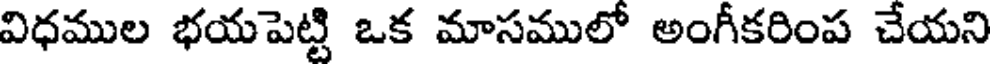
విధముల భయపెట్టి ఒక మాసములో అంగీకరింప చేయని